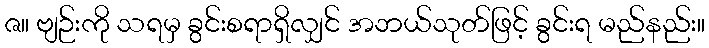
ဇ။ ဗျဉ်းကို သရမှ ခွင်းစရာရှိလျှင် အဘယ်သုတ်ဖြင့် ခွင်းရ မည်နည်း။